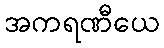
အကရဏီယေ